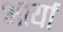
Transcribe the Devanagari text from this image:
अार्या